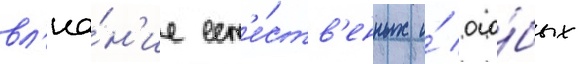
вл'иа́н'ие ест'е́ств'енных и́ осо́бых